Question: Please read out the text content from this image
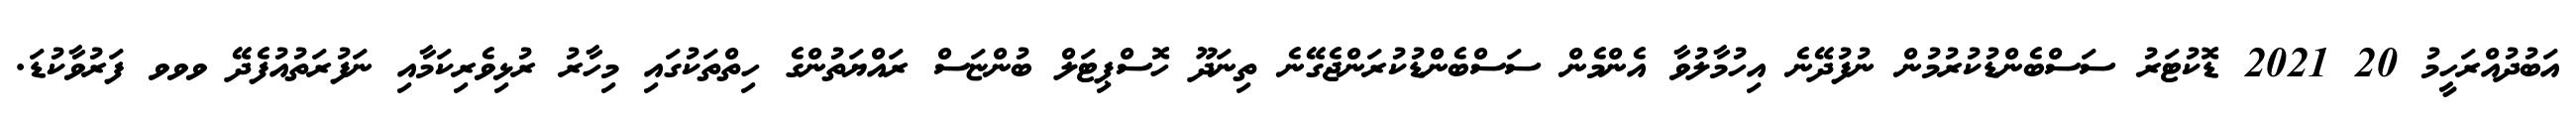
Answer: އަބުދުއްރަހީމު 20 2021 ޑޮކުޓަރު ސަސްބެންޑުކުރުމުން ނުފުދޭނެ އިހުމާލުވާ އެންމެން ސަސްބެންޑުކުރަންޖެގޭނެ ތިނަދޫ ހޮސްޕިޓަލް ބުންޏަސް ރައްޔަތުންގެ ހިތްތަކުގައި މިހާރު ރުޅިވެރިކަމާއި ނަފުރަތުއުފެދޭ ވވވ ފަރުވާކުޑަ.